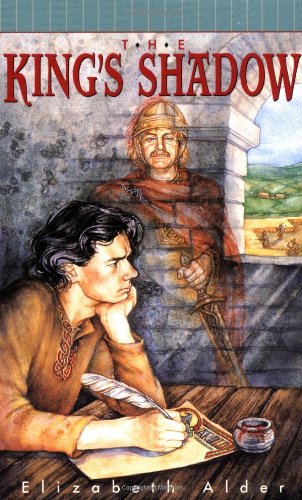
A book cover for The King's Shadow; Elizabeth Alder; Teen & Young Adult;